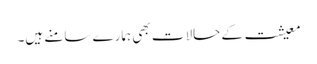
معیشت کے حالات بھی ہمارے سامنے ہیں۔